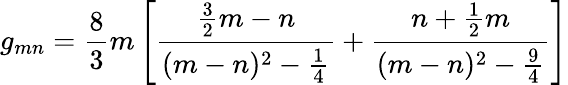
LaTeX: g_{mn}={\frac{8}{3}}m\left[{\frac{{\frac{3}{2}}m-n}{(m-n)^{2}-{\frac{1}{4}}}}+{\frac{n+{\frac{1}{2}}m}{(m-n)^{2}-{\frac{9}{4}}}}\right]